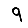
Digit: 9